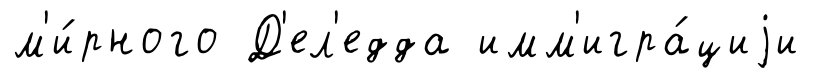
м'и́рного Д'ел'едда имм'игра́циjи